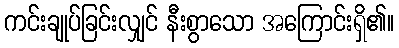
ကင်းချုပ်ခြင်းလျှင် နီးစွာသော အကြောင်းရှိ၏။